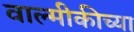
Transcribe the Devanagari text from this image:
वाल्मीकीच्या